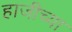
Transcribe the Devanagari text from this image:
हाजीच्या